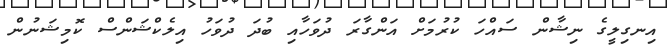
އިނގިލީގެ ނިޝާން ސައްހަ ކުރުމަށް އަންގާރަ ދުވަހާއި ބުދަ ދުވަހު އިލެކްޝަންސް ކޮމިޝަނުން